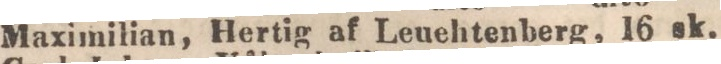
Maximilian, Hertig af Leuehtenberg, 16 sk.